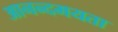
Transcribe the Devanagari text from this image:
आनन्दमयता